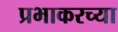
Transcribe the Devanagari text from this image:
प्रभाकरच्या